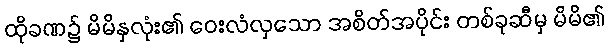
ထိုခဏ၌ မိမိနှလုံး၏ ဝေးလံလှသော အစိတ်အပိုင်း တစ်ခုဆီမှ မိမိ၏